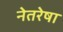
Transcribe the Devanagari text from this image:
नेतरेषा